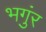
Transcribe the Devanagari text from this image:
भगुंर